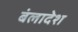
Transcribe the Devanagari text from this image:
बंलादेश